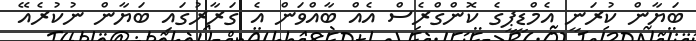
ބަޔާން ކުރަނީ އެމްޑީޕީގެ ކޮންގްރެސް އެއް ބާއްވަން އެ ގަރާރުގައި ބަޔާން ނުކުރެއޭ